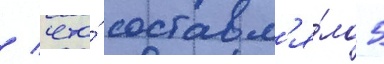
/ что́ составл'я́ло 5